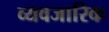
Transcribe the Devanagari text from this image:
व्यवजारिक